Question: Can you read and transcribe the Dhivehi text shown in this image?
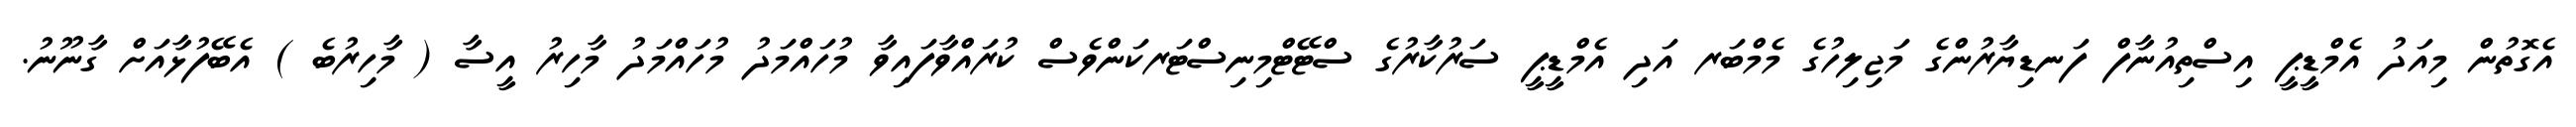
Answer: އެގޮތުން މިއަދު އެމްޑީޕީ އިސްތިއުނާފް ފަނޑިޔާރުންގެ މަޖިލިހުގެ މެމްބަރ އަދި އެމްޑީޕީ ސަރުކާރުގެ ސްޓޭޓްމިނިސްޓަރކަންވެސް ކުރައްވާފައިވާ މުހައްމަދު މުހައްމަދު މާހިރު އީސާ ( މާހިރުބެ ) އެބޭފުޅާއަށް ގާނޫނު.